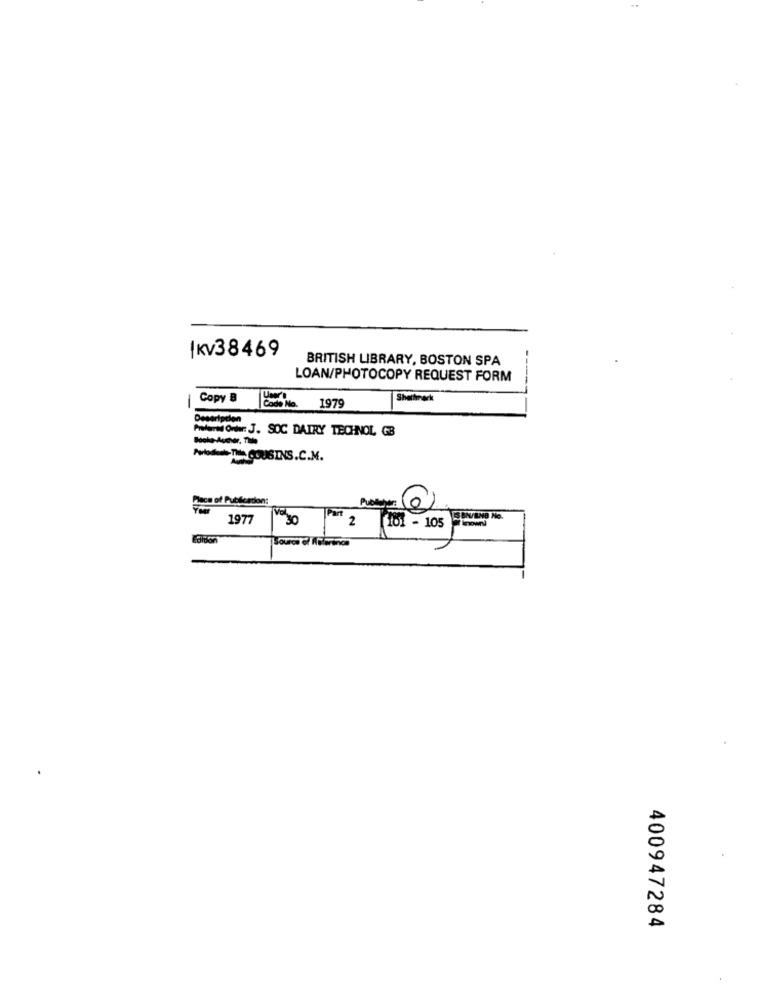
IKV38469
BRITISH LIBRARY, BOSTON SPA
LOAN/PHOTOCOPY REQUEST FORM
Copy B
Shettmark
Codo No. 1979
Desaripcion
Profani Oner: J. SOC DAIRY TECHNOL GB
Back-Aucher. Thule
Periode-The. COUSINS.C.M.
Dece of Publication:
Pub
1977
30
2
101 - 105
Source of ABlerinos
400947284